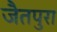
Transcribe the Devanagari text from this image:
जैतपुरा